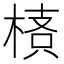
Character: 𣖌